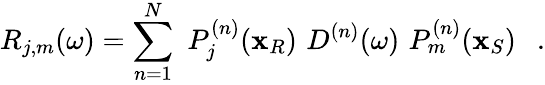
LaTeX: R_{j,m}(\omega)=\sum_{n=1}^{N}\, \, P_{j}^{(n)}(\mathbf{x}_{R})\, \, D^{(n)}(\omega)\, \, P_{m}^{(n)}(\mathbf{x}_{S})\ \ \ .